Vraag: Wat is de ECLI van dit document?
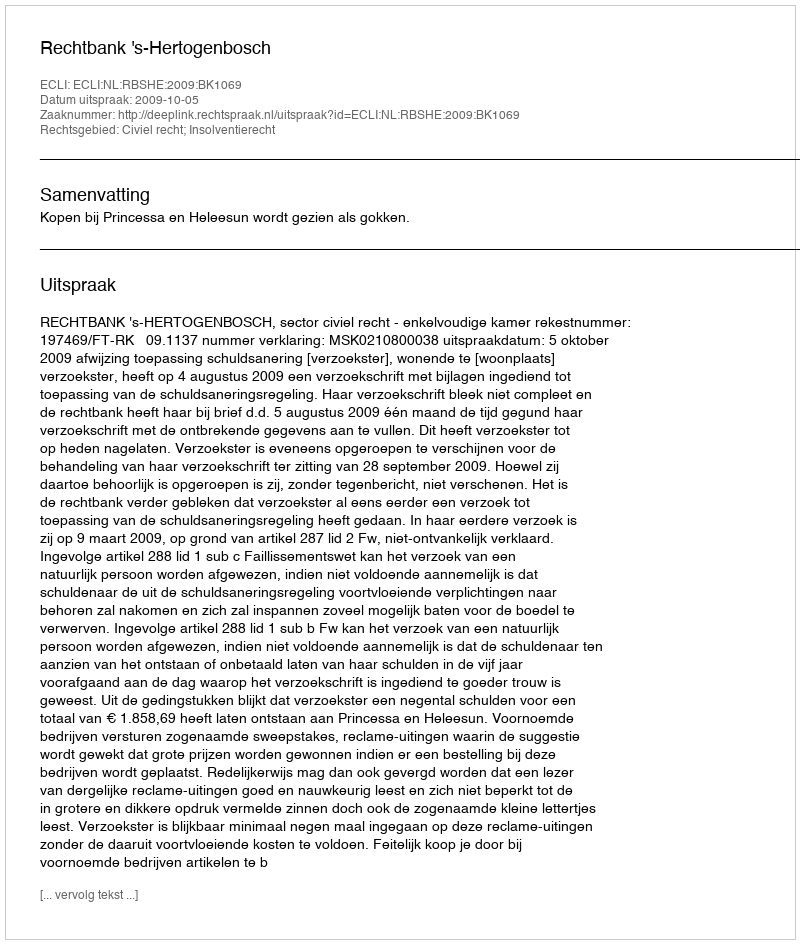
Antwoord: ECLI:NL:RBSHE:2009:BK1069